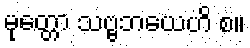
မုတ္တော သဗ္ဗဘယေဟိ စ။